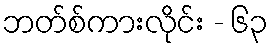
ဘတ်စ်ကားလိုင်း - ၆၃